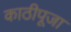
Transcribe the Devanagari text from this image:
काठीपूजा